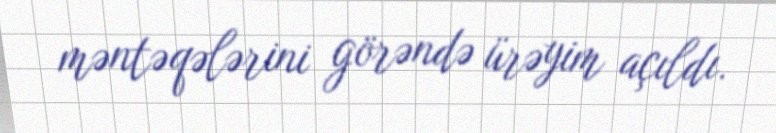
məntəqələrini görəndə ürəyim açıldı.